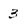
Character: 3